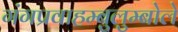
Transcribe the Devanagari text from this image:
गंगप्रवाहम्बुलुम्बोले